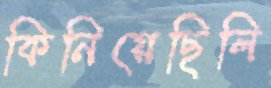
কিনিয়েছিলি